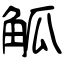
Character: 觚